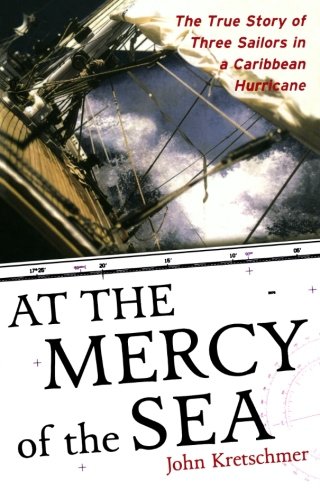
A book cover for At the Mercy of the Sea: The True Story of Three Sailors in a Caribbean Hurricane; John Kretschmer; Science & Math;